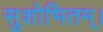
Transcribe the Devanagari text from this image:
सुशोभितम्।